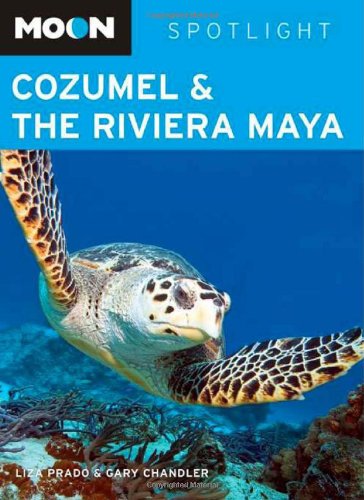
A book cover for Moon Spotlight Cozumel and the Riviera Maya; Liza Prado; Travel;